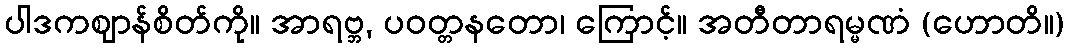
ပါဒကဈာန်စိတ်ကို။ အာရဗ္ဘ, ပဝတ္တနတော၊ ကြောင့်။ အတီတာရမ္မဏံ (ဟောတိ။)